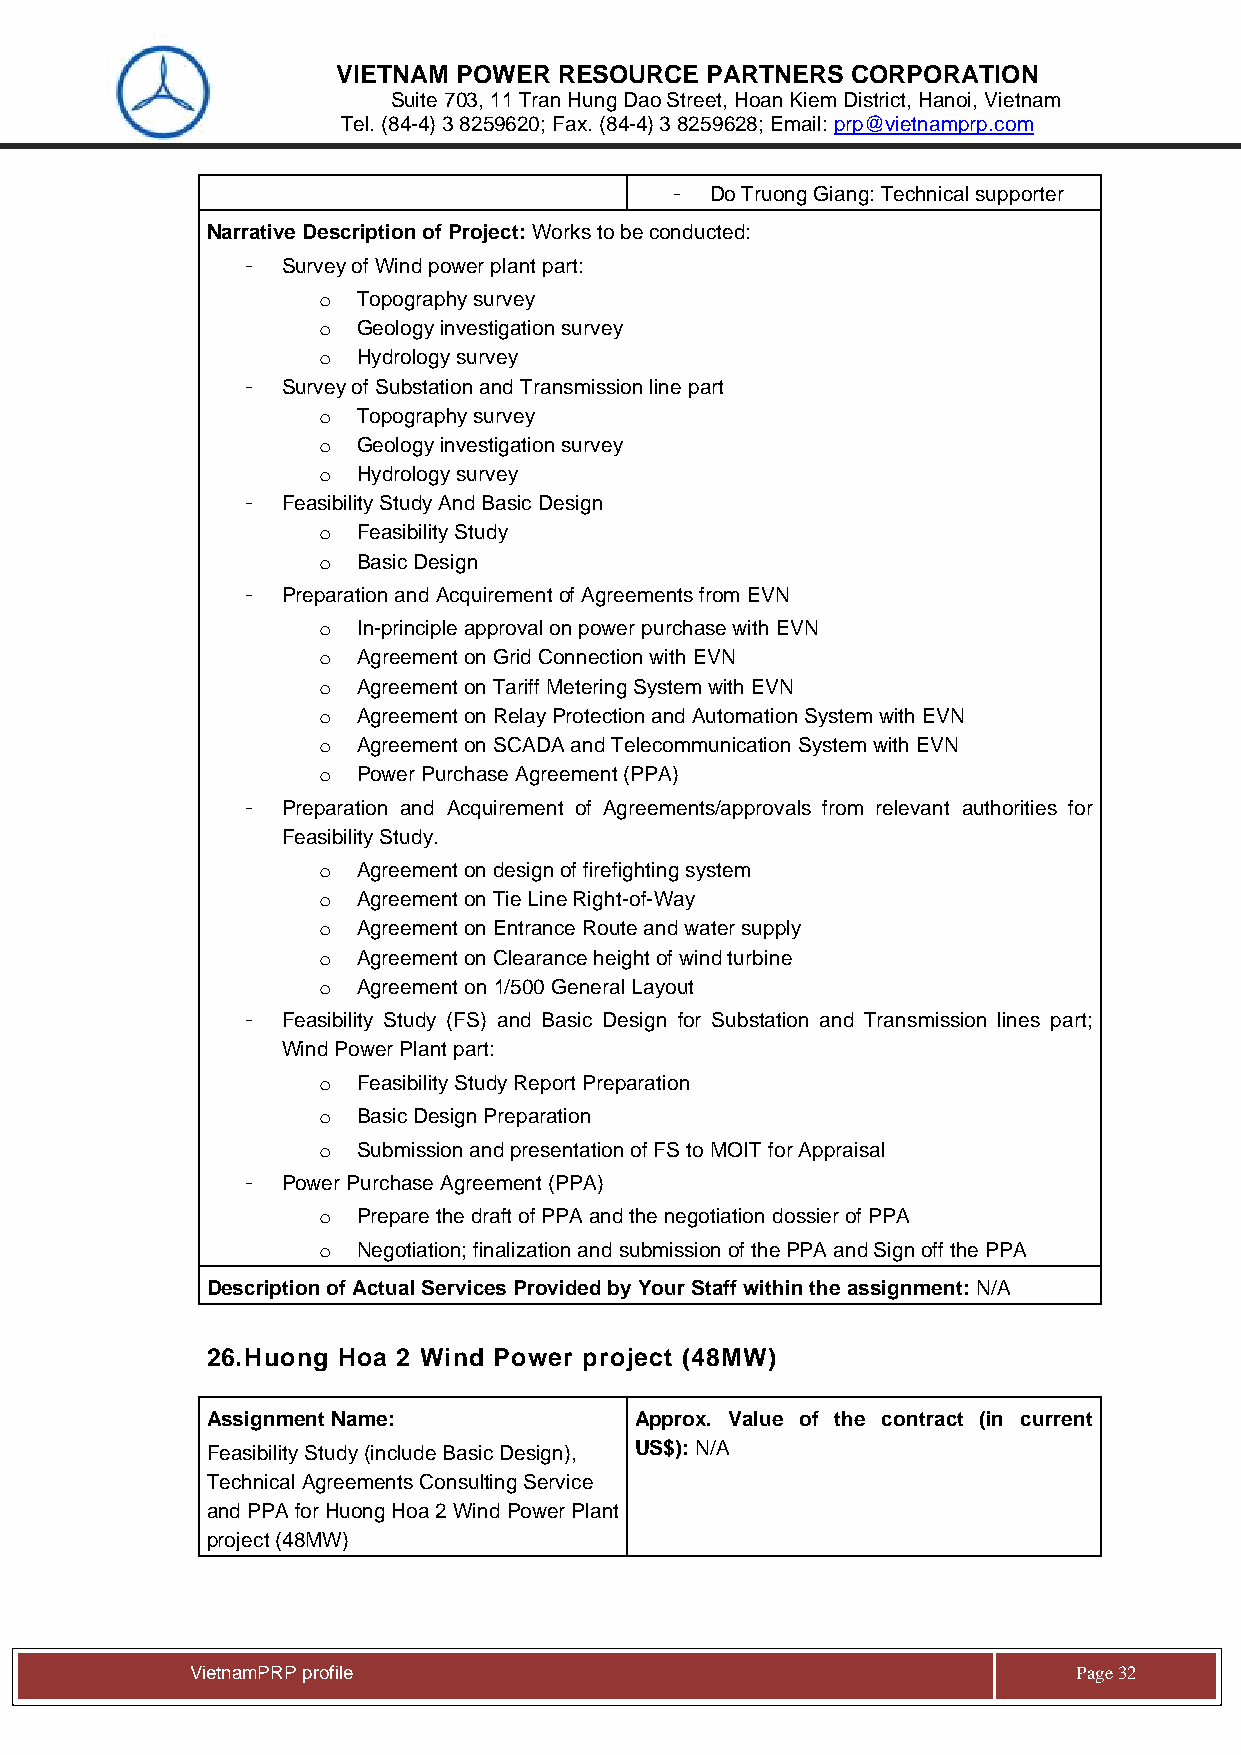
VIETNAM POWER  RESOURCE  PARTNERS CORPORATION
 Suite 703, 11 Tran Hung Dao Street, Hoan Kiem District, Hanoi, Vietnam
 Tel. (84-4) 3 8259620; Fax. (84-4) 3 8259628; Email: prp@vietnamprp.com
 -  Do Truong Giang: Technical supporter
 Narrative Description of Project: Works to be conducted:
 -  Survey of Wind power plant part:
 o  Topography survey
 o  Geology investigation survey
 o  Hydrology survey
 -  Survey of Substation and Transmission line part
 o  Topography survey
 o  Geology investigation survey
 o  Hydrology survey
 -  Feasibility Study And Basic Design
 o  Feasibility Study
 o  Basic Design
 -  Preparation and Acquirement of Agreements from EVN
 o  In-principle approval on power purchase with EVN
 o  Agreement on Grid Connection with EVN
 o  Agreement on Tariff Metering System with EVN
 o  Agreement on Relay Protection and Automation System with EVN
 o  Agreement on SCADA and Telecommunication System with EVN
 o  Power Purchase Agreement (PPA)
 -  Preparation and Acquirement of Agreements/approvals from relevant authorities for
 Feasibility Study.
 o  Agreement on design of firefighting system
 o  Agreement on Tie Line Right-of-Way
 o  Agreement on Entrance Route and water supply
 o  Agreement on Clearance height of wind turbine
 o  Agreement on 1/500 General Layout
 -  Feasibility Study (FS) and Basic Design for Substation and Transmission lines part;
 Wind Power Plant part:
 o  Feasibility Study Report Preparation
 o  Basic Design Preparation
 o  Submission and presentation of FS to MOIT for Appraisal
 -  Power Purchase Agreement (PPA)
 o  Prepare the draft of PPA and the negotiation dossier of PPA
 o  Negotiation; finalization and submission of the PPA and Sign off the PPA
 Description of Actual Services Provided by Your Staff within the assignment: N/A
 26. Huong Hoa 2 Wind Power project (48MW)
 Assignment Name:            Approx. Value of the contract (in current
 Feasibility Study (include Basic Design), US$): N/A
 Technical Agreements Consulting Service
 and PPA for Huong Hoa 2 Wind Power Plant
 project (48MW)
 Vie tnamPRP profile                                       Page 32